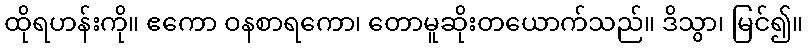
ထိုရဟန်းကို။ ဧကော ဝနစာရကော၊ တောမူဆိုးတယောက်သည်။ ဒိသွာ၊ မြင်၍။